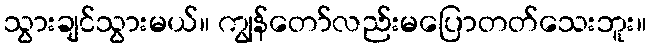
သွားချင်သွားမယ်။ ကျွန်တော်လည်းမပြောတတ်သေးဘူး။